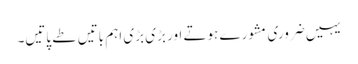
یہیں ضروری مشورے ہوتے اور بڑی بڑی اہم باتیں طے پاتیں۔